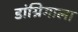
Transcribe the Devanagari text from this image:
डांग्रिगाला